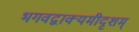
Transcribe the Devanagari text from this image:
भगवद्वाक्यमीदृशम्